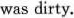
was dirty.